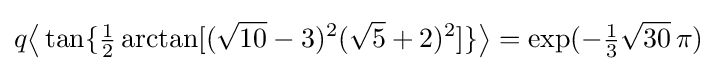
q{\bigl \langle }\tan\{{\tfrac {1}{2}}\arctan[({\sqrt {10}}-3)^{2}({\sqrt {5}}+2)^{2}]\}{\bigr \rangle }=\exp(-{\tfrac {1}{3}}{\sqrt {30}}\,\pi )